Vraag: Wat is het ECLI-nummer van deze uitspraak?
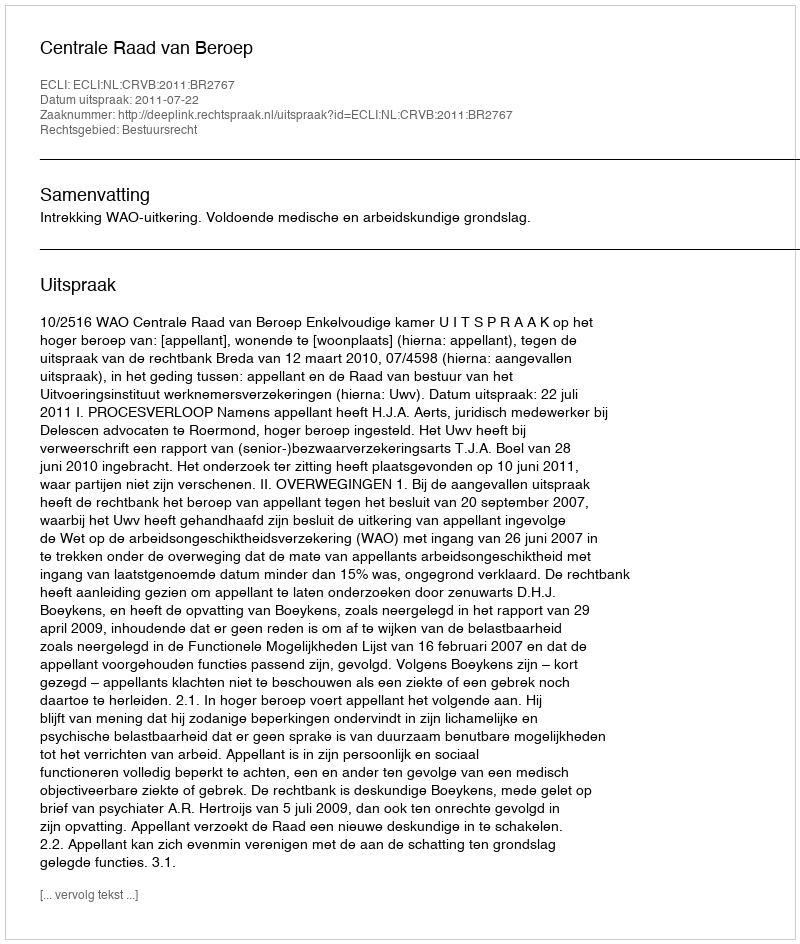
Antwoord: ECLI:NL:CRVB:2011:BR2767